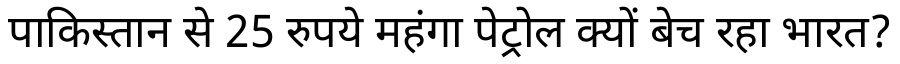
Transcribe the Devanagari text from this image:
पाकिस्तान से 25 रुपये महंगा पेट्रोल क्यों बेच रहा भारत?